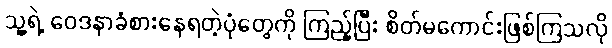
သူ့ရဲ့ ဝေဒနာခံစားနေရတဲ့ပုံတွေကို ကြည့်ပြီး စိတ်မကောင်းဖြစ်ကြသလို